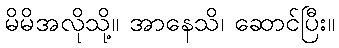
မိမိအလိုသို့။ အာနေသိ၊ ဆောင်ပြီး။